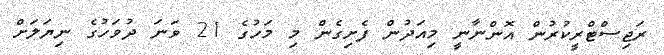
ރަޖިސްޓްރީކުރުން އޮންނާނީ މިއަދުން ފެށިގެން މި މަހުގެ 21 ވަނަ ދުވަހުގެ ނިޔަލަށް